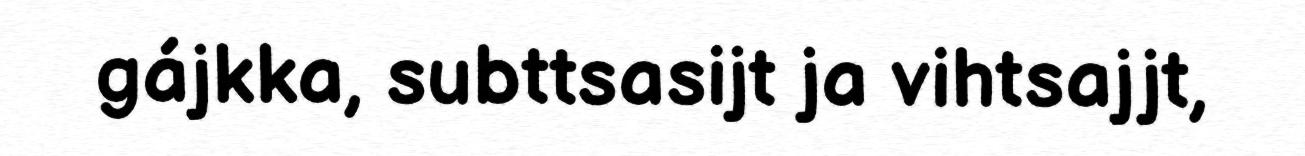
gájkka, subttsasijt ja vihtsajjt,